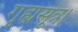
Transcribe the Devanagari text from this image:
गृह्यसूत्र।